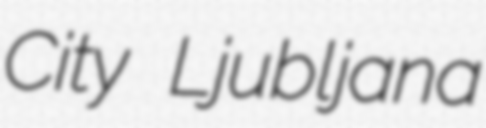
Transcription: City Ljubljana